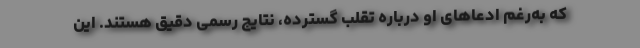
که به‌رغم ادعاهای او درباره تقلب گسترده، نتایج رسمی دقیق هستند. این